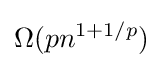
\Omega (pn^{1+1/p})